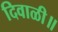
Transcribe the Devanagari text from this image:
दिवाळी॥